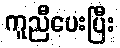
ကူညီပေးပြီး